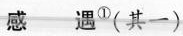
感遇^{①}(其一)